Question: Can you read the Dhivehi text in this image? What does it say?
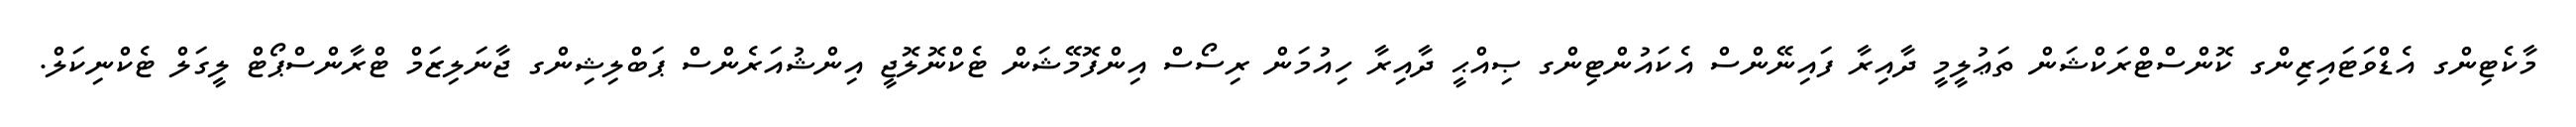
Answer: މާކެޓިންގ އެޑްވަޓައިޒިންގ ކޮންސްޓްރަކްޝަން ތަޢުލީމީ ދާއިރާ ފައިނޭންސް އެކައުންޓިންގ ޞިއްޙީ ދާއިރާ ހިއުމަން ރިސޯސް އިންފޮމޭޝަން ޓެކްނޮލޮޖީ އިންޝުއަރެންސް ޕަބްލިޝިންގ ޖާނަލިޒަމް ޓްރާންސްޕޯޓް ލީގަލް ޓެކްނިކަލް.